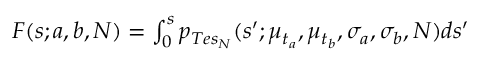
\begin{array} { r } { F ( s ; a , b , N ) = \int _ { 0 } ^ { s } p _ { T e s _ { N } } ( s ^ { \prime } ; \mu _ { t _ { a } } , \mu _ { t _ { b } } , \sigma _ { a } , \sigma _ { b } , N ) d s ^ { \prime } } \end{array}